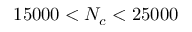
1 5 0 0 0 < N _ { c } < 2 5 0 0 0